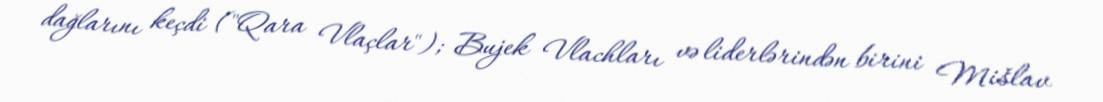
dağlarını keçdi ("Qara Vlaçlar"); Bujek Vlachları və liderlərindən birini Mišlav